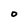
Character: O